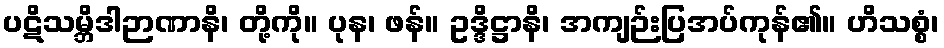
ပဋိသမ္ဘိဒါဉာဏာနိ၊ တို့ကို။ ပုန၊ ဖန်။ ဥဒ္ဒိဋ္ဌာနိ၊ အကျဉ်းပြအပ်ကုန်၏။ ဟိသစ္စံ၊